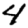
Digit: 4